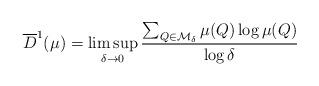
LaTeX: \begin{align*}\overline{D}^1(\mu) = \limsup_{\delta \to 0} \frac{ \sum_{Q \in \mathcal{M}_\delta} \mu(Q) \log\mu(Q) }{ \log \delta}\end{align*}